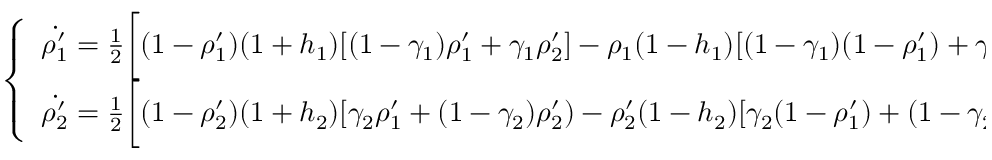
\left\{ \begin{array} { l l } { \dot { \rho _ { 1 } ^ { \prime } } = \frac { 1 } { 2 } \bigg [ ( 1 - \rho _ { 1 } ^ { \prime } ) ( 1 + h _ { 1 } ) [ ( 1 - \gamma _ { 1 } ) \rho _ { 1 } ^ { \prime } + \gamma _ { 1 } \rho _ { 2 } ^ { \prime } ] - \rho _ { 1 } ( 1 - h _ { 1 } ) [ ( 1 - \gamma _ { 1 } ) ( 1 - \rho _ { 1 } ^ { \prime } ) + \gamma _ { 1 } ( 1 - \rho _ { 2 } ^ { \prime } ) ] \bigg ] } \\ { \dot { \rho _ { 2 } ^ { \prime } } = \frac { 1 } { 2 } \bigg [ ( 1 - \rho _ { 2 } ^ { \prime } ) ( 1 + h _ { 2 } ) [ \gamma _ { 2 } \rho _ { 1 } ^ { \prime } + ( 1 - \gamma _ { 2 } ) \rho _ { 2 } ^ { \prime } ) - \rho _ { 2 } ^ { \prime } ( 1 - h _ { 2 } ) [ \gamma _ { 2 } ( 1 - \rho _ { 1 } ^ { \prime } ) + ( 1 - \gamma _ { 2 } ) ( 1 - \rho _ { 2 } ^ { \prime } ) ] \bigg ] } \end{array} \right.